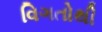
વિગતોથી